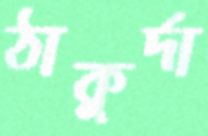
ঠাকুর্দা